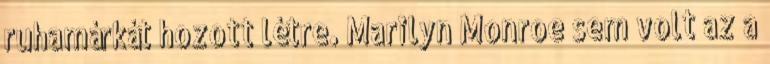
ruhamárkát hozott létre. Marilyn Monroe sem volt az a